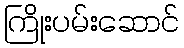
ကြိုးပမ်းဆောင်